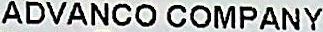
ADVANCO COMPANY